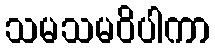
သမသမဝိပါကာ